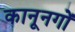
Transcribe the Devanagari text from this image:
कानूनगों